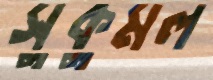
সুকুমল